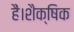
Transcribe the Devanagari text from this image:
हैं।शैक्षिक